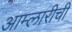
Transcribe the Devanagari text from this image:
आम्लारीची